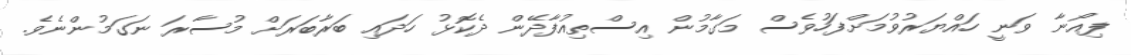
ފިއޯނާ ވަނީ ހައްޔަރުވުމަށްފަހުވެސް މަގާމުން އިސްތިއުފާދޭން ދެކޮޅު ހަދައި ބަރާބަރަށް މުސާރަ ނަގަމުންނެވެ.